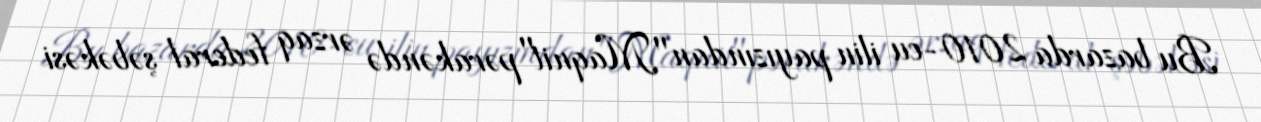
Bu bazarda 2010-cu ilin payızından "Maqnit"pərakəndə ərzaq federal şəbəkəsi